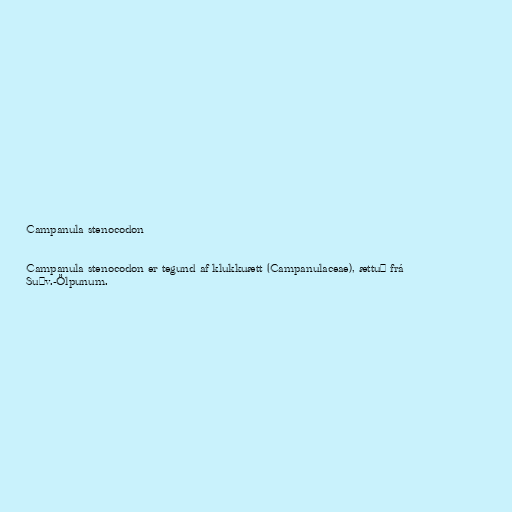
Campanula stenocodon

Campanula stenocodon er tegund af klukkuætt (Campanulaceae), ættuð frá
Suðv.-Ölpunum.